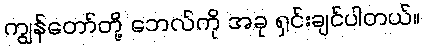
ကျွန်တော်တို့ ဘေလ်ကို အခု ရှင်းချင်ပါတယ်။